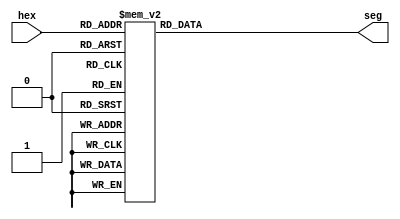
`timescale 1ns / 1ps

module hex(
    input        [3:0] hex,                 //input output 
    output  reg [6:0] seg
    );
    always @ (*)
    begin
        case(hex)
            4'h0    :   seg=7'h3f;              //hex  segment   
            4'h1    :   seg=7'h06;
            4'h2    :   seg=7'h5b;
            4'h3    :   seg=7'h4f;
            4'h4    :   seg=7'h66;
            4'h5    :   seg=7'h6d;
            4'h6    :   seg=7'h7d;
            4'h7    :   seg=7'h07;
            4'h8    :   seg=7'h7f;
            4'h9    :   seg=7'h67;
            4'ha    :   seg=7'h77;
            4'hb    :   seg=7'h7c;
            4'hc    :   seg=7'h39;
            4'hd    :   seg=7'h5e;
            4'he    :   seg=7'h79;
            4'hf    :   seg=7'h71;
        endcase
    end 
endmodule